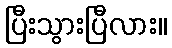
ပြီးသွားပြီလား။